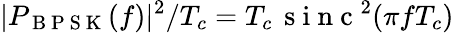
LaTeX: |P_{\mathrm{~B~P~S~K~}}(f)|^{2}/T_{c}=T_{c}\, \mathrm{~s~i~n~c~}^{2}(\pi fT_{c})